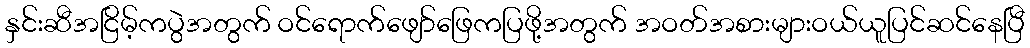
နှင်းဆီအငြိမ့်ကပွဲအတွက် ဝင်ရောက်ဖျော်ဖြေကပြဖို့အတွက် အဝတ်အစားများဝယ်ယူပြင်ဆင်နေပြီ